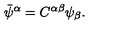
\bar { \psi } ^ { \alpha } = C ^ { \alpha \beta } \psi _ { \beta } .